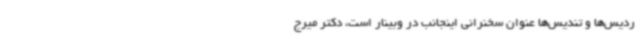
ردیس‌ها و تندیس‌ها عنوان سخنرانی اینجانب در وبینار است، دکتر میرج